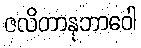
ဇလိတာနုဘာဝေါ